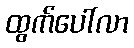
ထွက်ပေါ်လာ